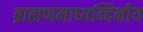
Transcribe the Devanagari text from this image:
ब्राह्मणमाध्यन्दिनीय